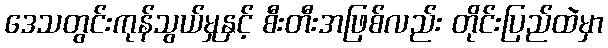
ဒေသတွင်းကုန်သွယ်မှုနှင့် စီးတီးအဖြစ်လည်း တိုင်းပြည်ထဲမှာ